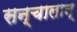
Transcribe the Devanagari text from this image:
सन्चालान्